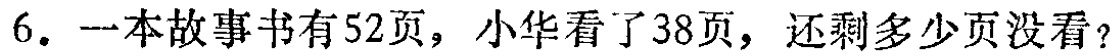
6. 一本故事书有52页，小华看了38页，还剩多少页没看？